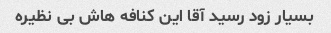
بسیار زود رسید آقا این کنافه هاش بی نظیره